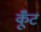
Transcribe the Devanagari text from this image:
कूँट